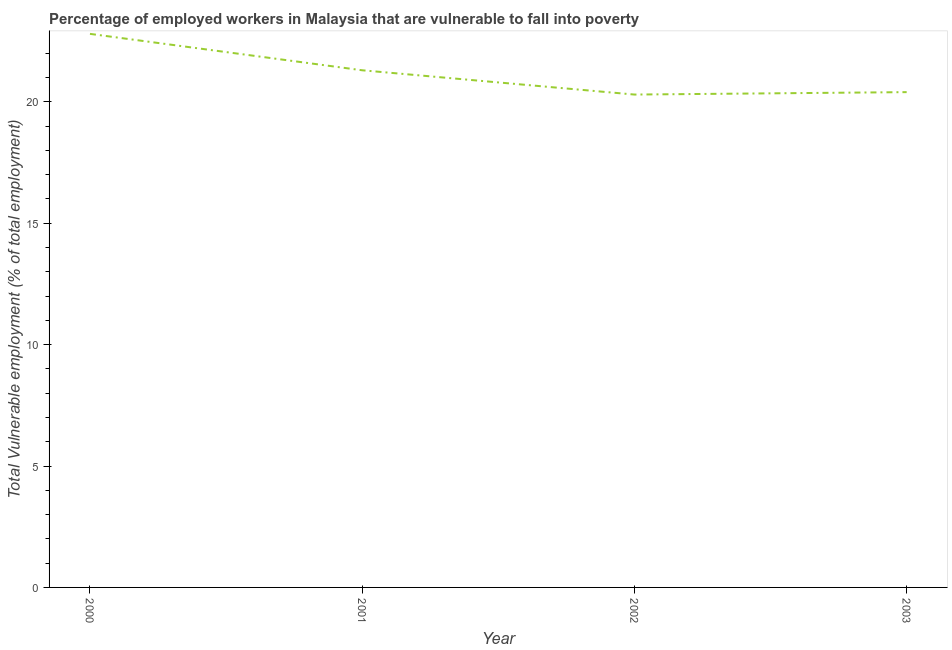
| Year | Vulnerable employment |
 | --- | --- |
 | 2000 | 22.8 |
 | 2001 | 21.3 |
 | 2002 | 20.3 |
 | 2003 | 20.4 |